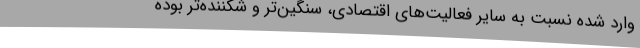
وارد شده نسبت به سایر فعالیت‌های اقتصادی، سنگین‌تر و شکننده‌تر بوده